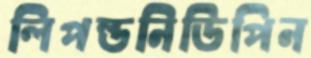
লিপল্ডনিডিপিন